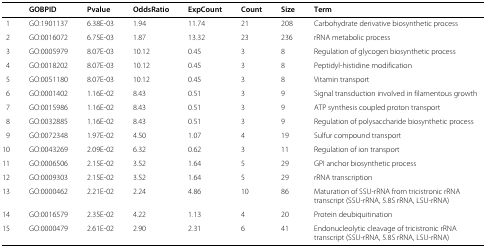
|  | GOBPID | Pvalue | OddsRatio | ExpCount | Count | Size | Term |
 | --- | --- | --- | --- | --- | --- | --- | --- |
 | 1 | GO:1901137 | 6.38E-03 | 1.94 | 11.74 | 21 | 208 | Carbohydrate derivative biosynthetic process |
 | 2 | GO:0016072 | 6.75E-03 | 1.87 | 13.32 | 23 | 236 | rRNA metabolic process |
 | 3 | GO:0005979 | 8.07E-03 | 10.12 | 0.45 | 3 | 8 | Regulation of glycogen biosynthetic process |
 | 4 | GO:0018202 | 8.07E-03 | 10.12 | 0.45 | 3 | 8 | Peptidyl-histidine modification |
 | 5 | GO:0051180 | 8.07E-03 | 10.12 | 0.45 | 3 | 8 | Vitamin transport |
 | 6 | GO:0001402 | 1.16E-02 | 8.43 | 0.51 | 3 | 9 | Signal transduction involved in filamentous growth |
 | 7 | GO:0015986 | 1.16E-02 | 8.43 | 0.51 | 3 | 9 | ATP synthesis coupled proton transport |
 | 8 | GO:0032885 | 1.16E-02 | 8.43 | 0.51 | 3 | 9 | Regulation of polysaccharide biosynthetic process |
 | 9 | GO:0072348 | 1.97E-02 | 4.50 | 1.07 | 4 | 19 | Sulfur compound transport |
 | 10 | GO:0043269 | 2.09E-02 | 6.32 | 0.62 | 3 | 11 | Regulation of ion transport |
 | 11 | GO:0006506 | 2.15E-02 | 3.52 | 1.64 | 5 | 29 | GPI anchor biosynthetic process |
 | 12 | GO:0009303 | 2.15E-02 | 3.52 | 1.64 | 5 | 29 | rRNA transcription |
 | 13 | GO:0000462 | 2.21E-02 | 2.24 | 4.86 | 10 | 86 | Maturation of SSU-rRNA from tricistronic rRNA transcript (SSU-rRNA, 5.8S rRNA, LSU-rRNA) |
 | 14 | GO:0016579 | 2.35E-02 | 4.22 | 1.13 | 4 | 20 | Protein deubiquitination |
 | 15 | GO:0000479 | 2.61E-02 | 2.90 | 2.31 | 6 | 41 | Endonucleolytic cleavage of tricistronic rRNA transcript (SSU-rRNA, 5.8S rRNA, LSU-rRNA) |